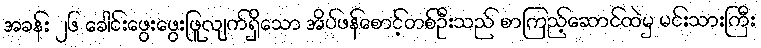
အခန်း ၂၆ ခေါင်းဖွေးဖွေးဖြူလျက်ရှိသော အိပ်ဖန်စောင့်တစ်ဦးသည် စာကြည့်ဆောင်ထဲမှ မင်းသားကြီး